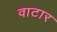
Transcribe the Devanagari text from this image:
वाटार